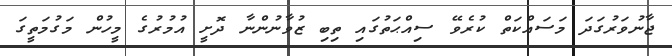
ޖާނުވަރުގަދަ މަސައްކަތް ކުރެވޭ ސިއްޙަތުގައި ތިބި ޒުވާނުންނާ ދޮށީ އުމުރުގެ މީހުން މަގުމަތީގަ